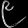
Digit: ၉